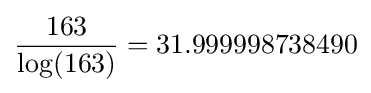
{\frac {163}{\log(163)}}=31.999998738490